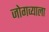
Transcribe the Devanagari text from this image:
जोगव्याला